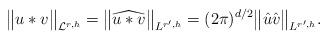
LaTeX: \begin{align*}\big\|u*v\big\|_{\mathcal{L}^{r, h}} =\big\|\widehat{u*v}\big\|_{L^{r', h}} = (2\pi)^{d/2}\big\|\hat{u}\hat{v}\big\|_{L^{r', h}}. \end{align*}